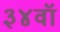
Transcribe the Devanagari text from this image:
३४वॉ